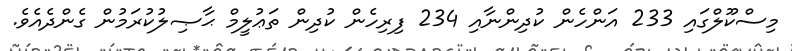
މިސްކޫލްގައި 233 އަންހެން ކުދިންނާއި 234 ފިރިހެން ކުދިން ތަޢުލީމް ޙާޞިލުކުރަމުން ގެންދެއެވެ.